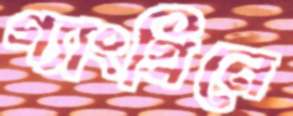
গ্যাংগ্রিনে